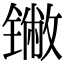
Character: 𬭯